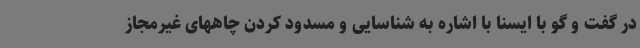
در گفت و گو با ایسنا با اشاره به شناسایی و مسدود کردن چاههای غیرمجاز